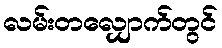
လမ်းတလျှောက်တွင်